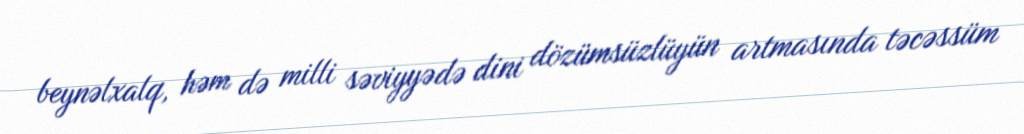
beynəlxalq, həm də milli səviyyədə dini dözümsüzlüyün artmasında təcəssüm